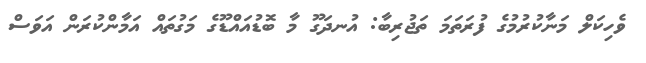
ވެހިކަލް މަނާކުރުމުގެ ފުރަތަމަ ތަޖުރިބާ: އުނދަގޫ މާ ބޮޑުއައްޑޫގެ މަގުތައް އަމާންކުރަން އަވަސް